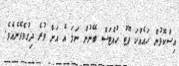
އިސްކޮޅުން ހައެއްކަ ފޫޓު ހުއްޓަސް ބޭނުން ނަމަ އެ އަށް ވުރެ ދިގުވެވޭނެއެވެ.